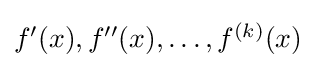
{\textstyle f^{\prime }(x),f^{\prime \prime }(x),\ldots ,f^{(k)}(x)}